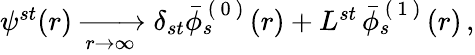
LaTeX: \begin{array}{r}{\psi^{st}(r)\xrightarrow[r\to\infty]{}\delta_{st}\bar{\phi}_{s}^{\mathrm{~(~0~)~}}(r)+L^{st}\, \bar{\phi}_{s}^{\mathrm{~(~1~)~}}(r)\, ,}\end{array}